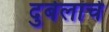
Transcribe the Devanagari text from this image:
दुर्बलांचे